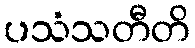
ပသံသတီတိ